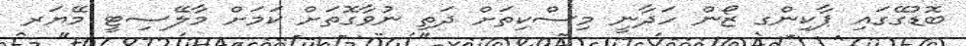
ބޮޑުގޭގައި ޕާކިންގ ޒޯން ހަދާނީ މިސްކިތަށް ދަތި ނުވާގޮތަށް ކަމަށް މާލޭސިޓީ މޭޔަރ